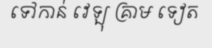
ទៅកាន់ វេឡុ គ្រាម ទៀត